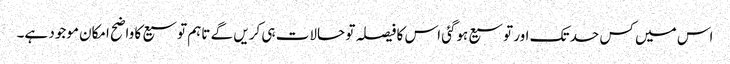
اس میں کس حد تک اور توسیع ہوگئی اس کا فیصلہ تو حالات ہی کریں گے تاہم توسیع کا واضح امکان موجود ہے۔